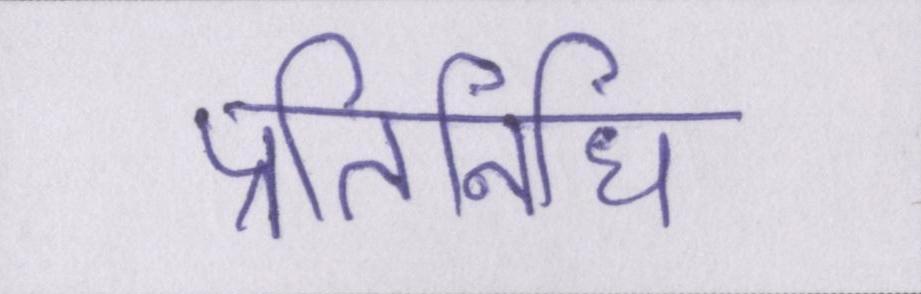
प्रतिनिधि